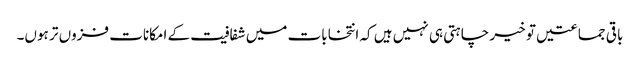
باقی جماعتیں تو خیر چاہتی ہی نہیں ہیں کہ انتخابات میں شفافیت کے امکانات فزوں تر ہوں۔